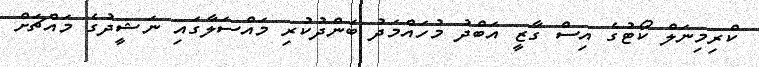
ކްރިމިނަލް ކޯޓުގެ އިސް ގާޒީ އަބްދު މުހައްމަދު ބަންދުކުރި މައްސަލާގައި ނަޝީދުގެ މައްޗަށް